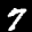
Label: 7